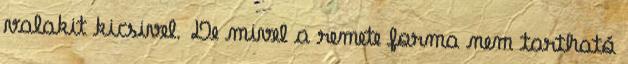
valakit kicsivel. De mivel a remete forma nem tartható